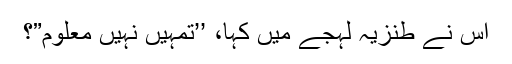
اس نے طنزیہ لہجے میں کہا، ’’تمہیں نہیں معلوم”؟